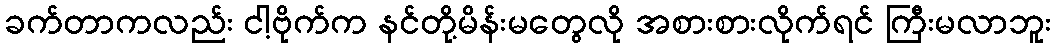
ခက်တာကလည်း ငါ့ဗိုက်က နင်တို့မိန်းမတွေလို အစားစားလိုက်ရင် ကြီးမလာဘူး